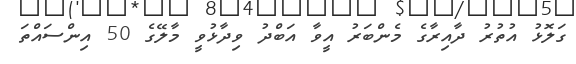
ގަލޮޅު އުތުރު ދާއިރާގެ މެންބަރު އީވާ އަބްދު ވިދާޅުވީ މާލޭގެ 50 އިންސައްތަ